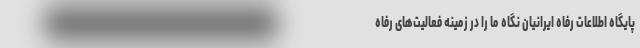
پایگاه اطلاعات رفاه ایرانیان نگاه ما را در زمینه فعالیت‌های رفاه